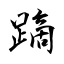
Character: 蹢